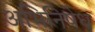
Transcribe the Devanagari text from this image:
अभिनिषेध